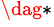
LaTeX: ^{\dag\ast}